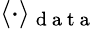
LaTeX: \langle\cdot\rangle_{\mathrm{~d~a~t~a~}}